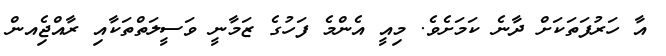
އާ ހަރުފަތަކަށް ދާނެ ކަމަށެވެ. މިއީ އެންމެ ފަހުގެ ޒަމާނީ ވަސީލަތްތަކާއި ރާއްޖެިއން